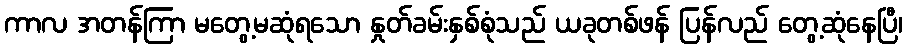
ကာလ အတန်ကြာ မတွေ့မဆုံရသော နှုတ်ခမ်းနှစ်စုံသည် ယခုတစ်ဖန် ပြန်လည် တွေ့ဆုံနေပြီ၊